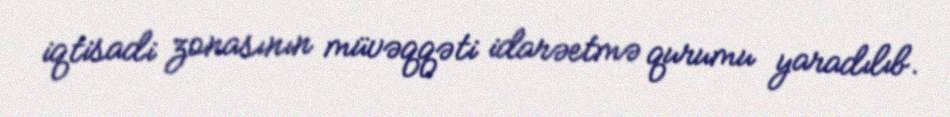
iqtisadi zonasının müvəqqəti idarəetmə qurumu yaradılıb.